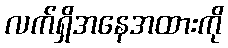
လက်ရှိအနေအထားကို